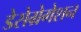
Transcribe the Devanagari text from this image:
डेसेग्रेगेशन